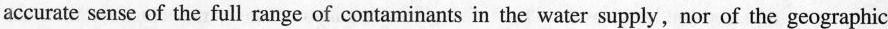
accurate sense of the full range of contaminants in the water supply,nor of the geographic